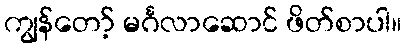
ကျွန်တော့် မင်္ဂလာဆောင် ဖိတ်စာပါ။